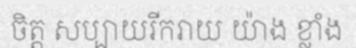
ចិត្ត សប្បាយរីករាយ យ៉ាង ខ្លាំង